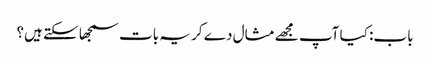
باب: کیا آپ مجھے مثال دے کر یہ بات سمجھا سکتے ہیں؟